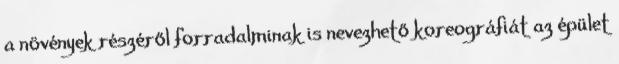
a növények részéről forradalminak is nevezhető koreográfiát az épület